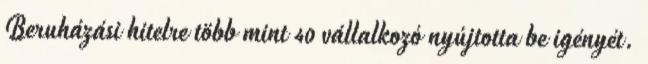
Beruházási hitelre több mint 40 vállalkozó nyújtotta be igényét.